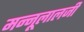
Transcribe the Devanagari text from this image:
मन्नूलालजी